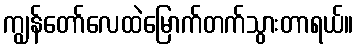
ကျွန်တော်လေထဲမြောက်တက်သွားတာရယ်။